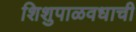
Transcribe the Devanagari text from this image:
शिशुपाळवधाची